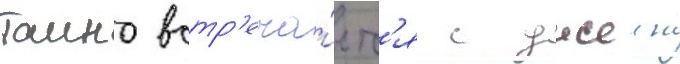
таино встр'еча́етс'я с джеин